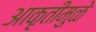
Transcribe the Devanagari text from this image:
आकृतीमुळे